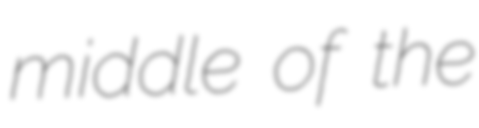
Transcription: middle of the